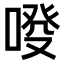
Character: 𠷑